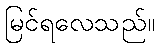
မြင်ရလေသည်။